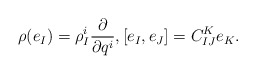
\begin{gather*} \rho ( e _I ) = \rho ^i _I \frac{ \partial }{ \partial q ^i } , [ e _I , e _J ] = C _{ I J } ^K e _K . \end{gather*}